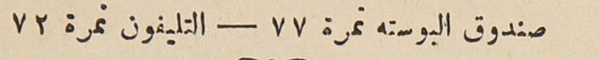
صندوق البوسته نمرة ٧٧ – التليفون نمرة ٧٢